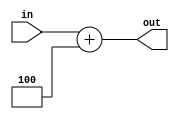
module plus_4 (
	input [31:0] in,

	output [31:0] out	
);

assign out = in + 4;

endmodule